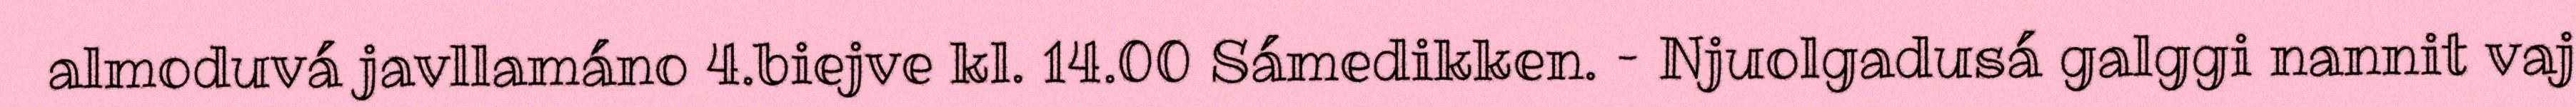
almoduvá javllamáno 4.biejve kl. 14.00 Sámedikken. – Njuolgadusá galggi nannit vaj